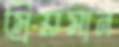
ম্রিয়মান